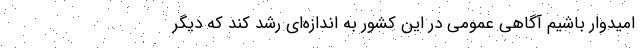
امیدوار باشیم آگاهی عمومی در این کشور به اندازه‌ای رشد کند که دیگر